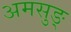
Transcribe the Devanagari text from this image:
अमसुङ्